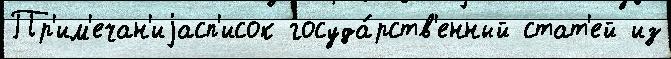
Пр'им'ечан'иjасп'исок госуда́рств'енный стат'ей из